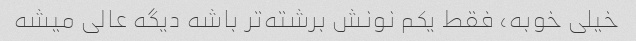
خیلی خوبه، فقط یکم نونش برشته‌تر باشه دیگه عالی میشه